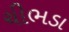
ચીભડા